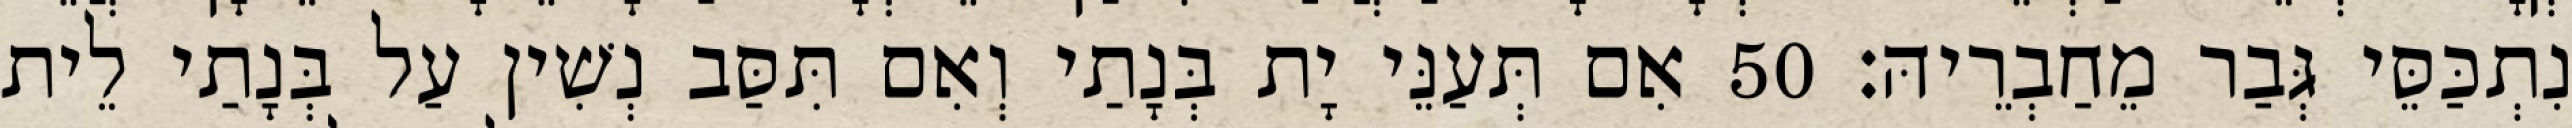
נִתְכַּסֵּי גְּבַר מֵחַבְרֵיהּ׃ 50 אִם תְּעַנֵּי יָת בְּנָתַי וְאִם תִּסַּב נְשִׁין עַל בְּנָתַי לֵית